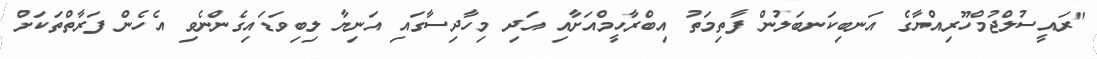
"ރައީސުލްޖުމްހޫރިއްޔާގެ އަނބިކަނބަލުން ފާތިމަތު އިބްރާހީމްއަށާއި އަދި މިހާދިސާގައި އަނިޔާ ލިބިވަޑައިގެންނެވި އެހެން ފަރާތްތަކަށް